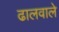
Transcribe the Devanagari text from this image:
ढालवाले